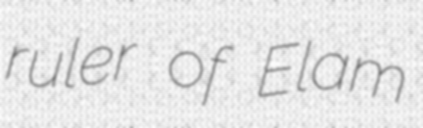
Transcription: ruler of Elam